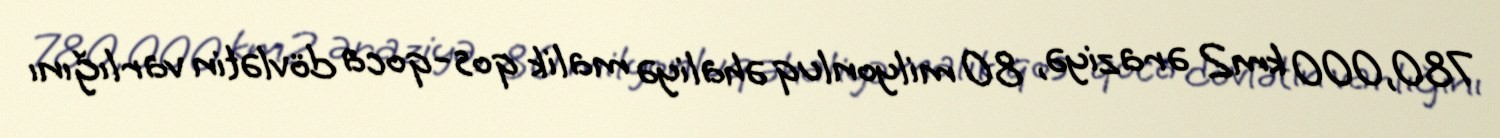
780,000 km2 əraziyə, 80 milyonluq əhaliyə malik qos-qoca dövlətin varlığını